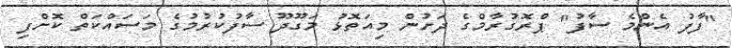
"ފާފު އެންމެ ސާފު" ޕްރޮގުރާމްގެ ދަށުން މިއަތޮޅު މަގޫދޫ ސާފުކުރުމުގެ މަސައްކަތް ކޮށްފި